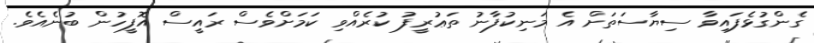
ގެންގުޅެފައިވާ ސިޔާސަތަށް އެ މަނިކުފާނު ތަޢުރީފު ކުރެއްވި ކަމަށްވެސް ރައީސް އޮފީހުން ބުނެއެވެ.